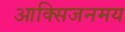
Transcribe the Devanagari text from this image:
आक्सिजनमय